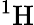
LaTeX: {}^{1}\mathrm{H}